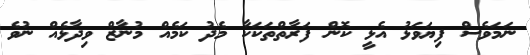
ނަމަވެސް ފިޔަވަޅު އެޅީ ކޮން ފަރާތްތަކަކާ މެދު ކަމެއް މުނާޒް ވިދާޅެއް ނުވެ